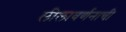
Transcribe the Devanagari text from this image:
लीलावर्णनाची